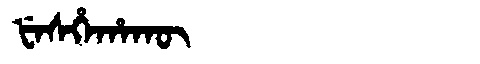
Manchu: ᡶᡝᠰᡥᡝᡥᠠᡴᡡ
Romanization: FESHEHAKŪ